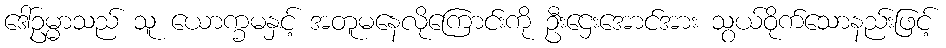
ဒေါ်ဥမ္မာသည် သူ ယောက္ခမနှင့် အတူမနေလိုကြောင်းကို ဦးဌေးအောင်အား သွယ်ဝိုက်သောနည်းဖြင့်